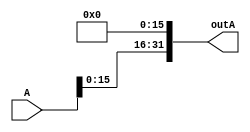
module SLL16bit(outA,A);
    input[31:0] A;
    output[31:0] outA;

    genvar c;
    generate 
        for (c=0; c < 16; c=c+1) begin: loop1
            assign outA[c] = 1'b0;
        end 
        for (c=16;c < 32;c=c+1) begin: loop2
            assign outA[c] = A[c-16];
        end
    endgenerate
endmodule